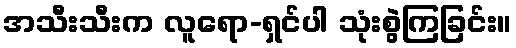
အသီးသီးက လူရော-ရှင်ပါ သုံးစွဲကြခြင်း။